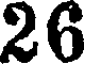
26